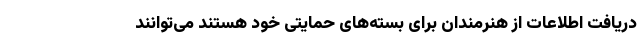
دریافت اطلاعات از هنرمندان برای بسته‌های حمایتی خود هستند می‌توانند